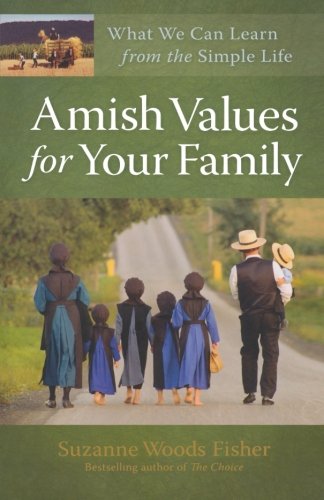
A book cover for Amish Values for Your Family: What We Can Learn from the Simple Life; Suzanne Woods Fisher; Christian Books & Bibles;